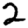
Digit: 2